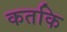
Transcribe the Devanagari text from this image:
कतकि